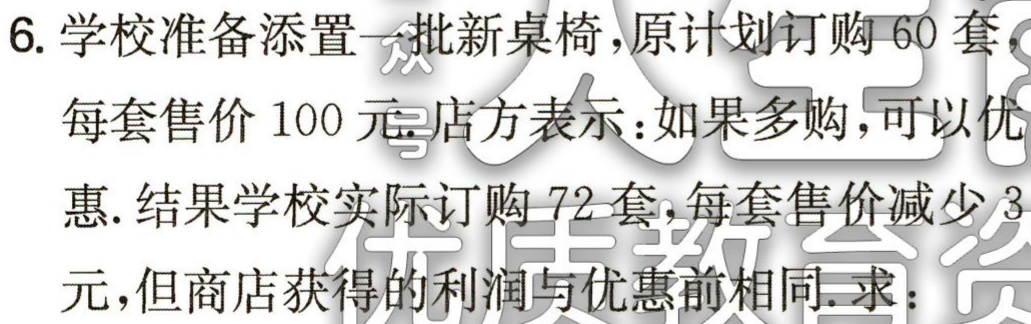
6. 学校准备添置一批新桌椅，原计划订购60套，
每套售价100元. 店方表示：如果多购，可以优
惠. 结果学校实际订购72套，每套售价减少3
元，但商店获得的利润与优惠前相同. 求：